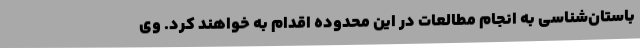
باستان‌شناسی به انجام مطالعات در این محدوده اقدام به خواهند کرد. وی